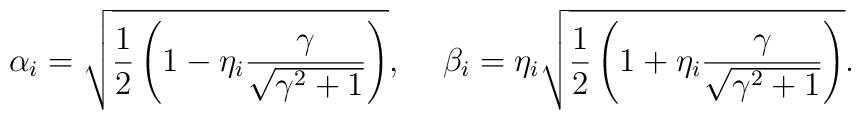
\alpha_{i} = \sqrt{\frac{1}{2} \left( 1-\eta_{i} \frac{\gamma}{\sqrt{\gamma^{2}+1}} \right)},  \hspace{0.5cm}\beta_{i} = \eta_{i} \sqrt{\frac{1}{2} \left( 1+\eta_{i} \frac{\gamma}{\sqrt{\gamma^{2}+1}} \right)}.